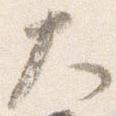
大